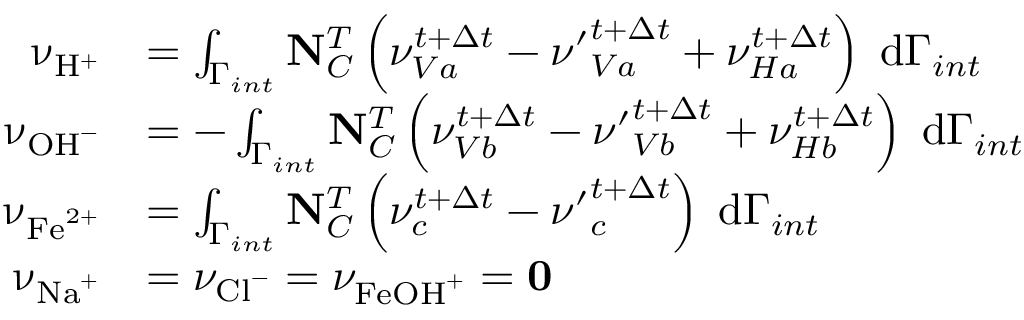
\begin{array} { r l } { \mathbf { \upnu } _ { \mathrm { H } ^ { + } } } & { = \int _ { \Gamma _ { i n t } } \mathbf { N } _ { C } ^ { T } \left( \nu _ { V a } ^ { t + \Delta t } - { \nu ^ { \prime } } _ { V a } ^ { t + \Delta t } + \nu _ { H a } ^ { t + \Delta t } \right) \; \mathrm { d } \Gamma _ { i n t } } \\ { \mathbf { \upnu } _ { \mathrm { O H } ^ { - } } } & { = - \int _ { \Gamma _ { i n t } } \mathbf { N } _ { C } ^ { T } \left( \nu _ { V b } ^ { t + \Delta t } - { \nu ^ { \prime } } _ { V b } ^ { t + \Delta t } + \nu _ { H b } ^ { t + \Delta t } \right) \; \mathrm { d } \Gamma _ { i n t } } \\ { \mathbf { \upnu } _ { \mathrm { F e } ^ { 2 + } } } & { = \int _ { \Gamma _ { i n t } } \mathbf { N } _ { C } ^ { T } \left( \nu _ { c } ^ { t + \Delta t } - { \nu ^ { \prime } } _ { c } ^ { t + \Delta t } \right) \; \mathrm { d } \Gamma _ { i n t } } \\ { \mathbf { \upnu } _ { \mathrm { N a } ^ { + } } } & { = \nu _ { \mathrm { C l } ^ { - } } = \nu _ { \mathrm { F e O H } ^ { + } } = \mathbf { 0 } } \end{array}